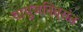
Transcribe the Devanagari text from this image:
वायुजनित्रांत